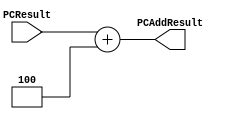
`timescale 1ns / 1ps

////////////////////////////////////////////////////////////////////////////////
// Lab D2L group 38, bench 28 
//Team Members: Christopher Hughes, Sarah Wiltbank
//Percent Effort: Christopher 50/50 Sarah
//
// ECE369A - Computer Architecture
// Laboratory  
// Module - PCAdder.v
// Description - 32-Bit program counter (PC) adder.
// 
// INPUTS:-
// PCResult: 32-Bit input port.
// 
// OUTPUTS:-
// PCAddResult: 32-Bit output port.
//
// FUNCTIONALITY:-
// Design an incrementor (or a hard-wired ADD ALU whose first input is from the 
// PC, and whose second input is a hard-wired 4) that computes the current 
// PC + 4. The result should always be an increment of the signal 'PCResult' by 
// 4 (i.e., PCAddResult = PCResult + 4).
////////////////////////////////////////////////////////////////////////////////

module PCAdder(PCResult, PCAddResult);

    input [31:0] PCResult;


    output  reg [31:0] PCAddResult;

   initial begin
        PCAddResult <= 0;
    end
    
    
      always @(*) begin
        
           PCAddResult <= PCResult + 4;
        
      end

endmodule